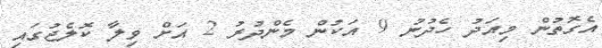
އެގޮތުން މިއަދު ހެދުނު 9 އަކުން މެންދުރު 2 އަށް ވިލާ ކޮލެޖުގައި